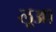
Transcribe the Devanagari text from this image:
लूआ